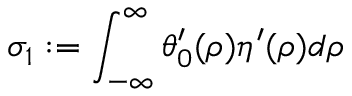
\sigma _ { 1 } : = \int _ { - \infty } ^ { \infty } \theta _ { 0 } ^ { \prime } ( \rho ) \eta ^ { \prime } ( \rho ) d \rho